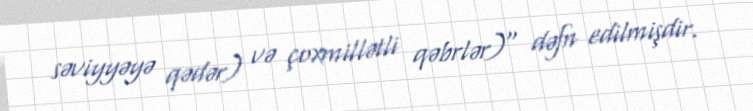
səviyyəyə qədər) və çoxmillətli qəbrlər)" dəfn edilmişdir.